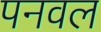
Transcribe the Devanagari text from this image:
पनवल